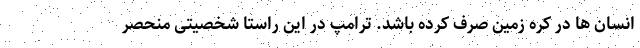
انسان ها در کره زمین صرف کرده باشد. ترامپ در این راستا شخصیتی منحصر